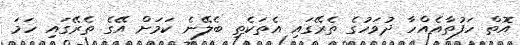
އޮތް ހަފުތާއެއްހާ ދުވަހުގެ ތެރޭގައި އެތަކެތި ބެލޭނެ ކަމަށް އޭގެ ތެރޭގައި ހަމަ